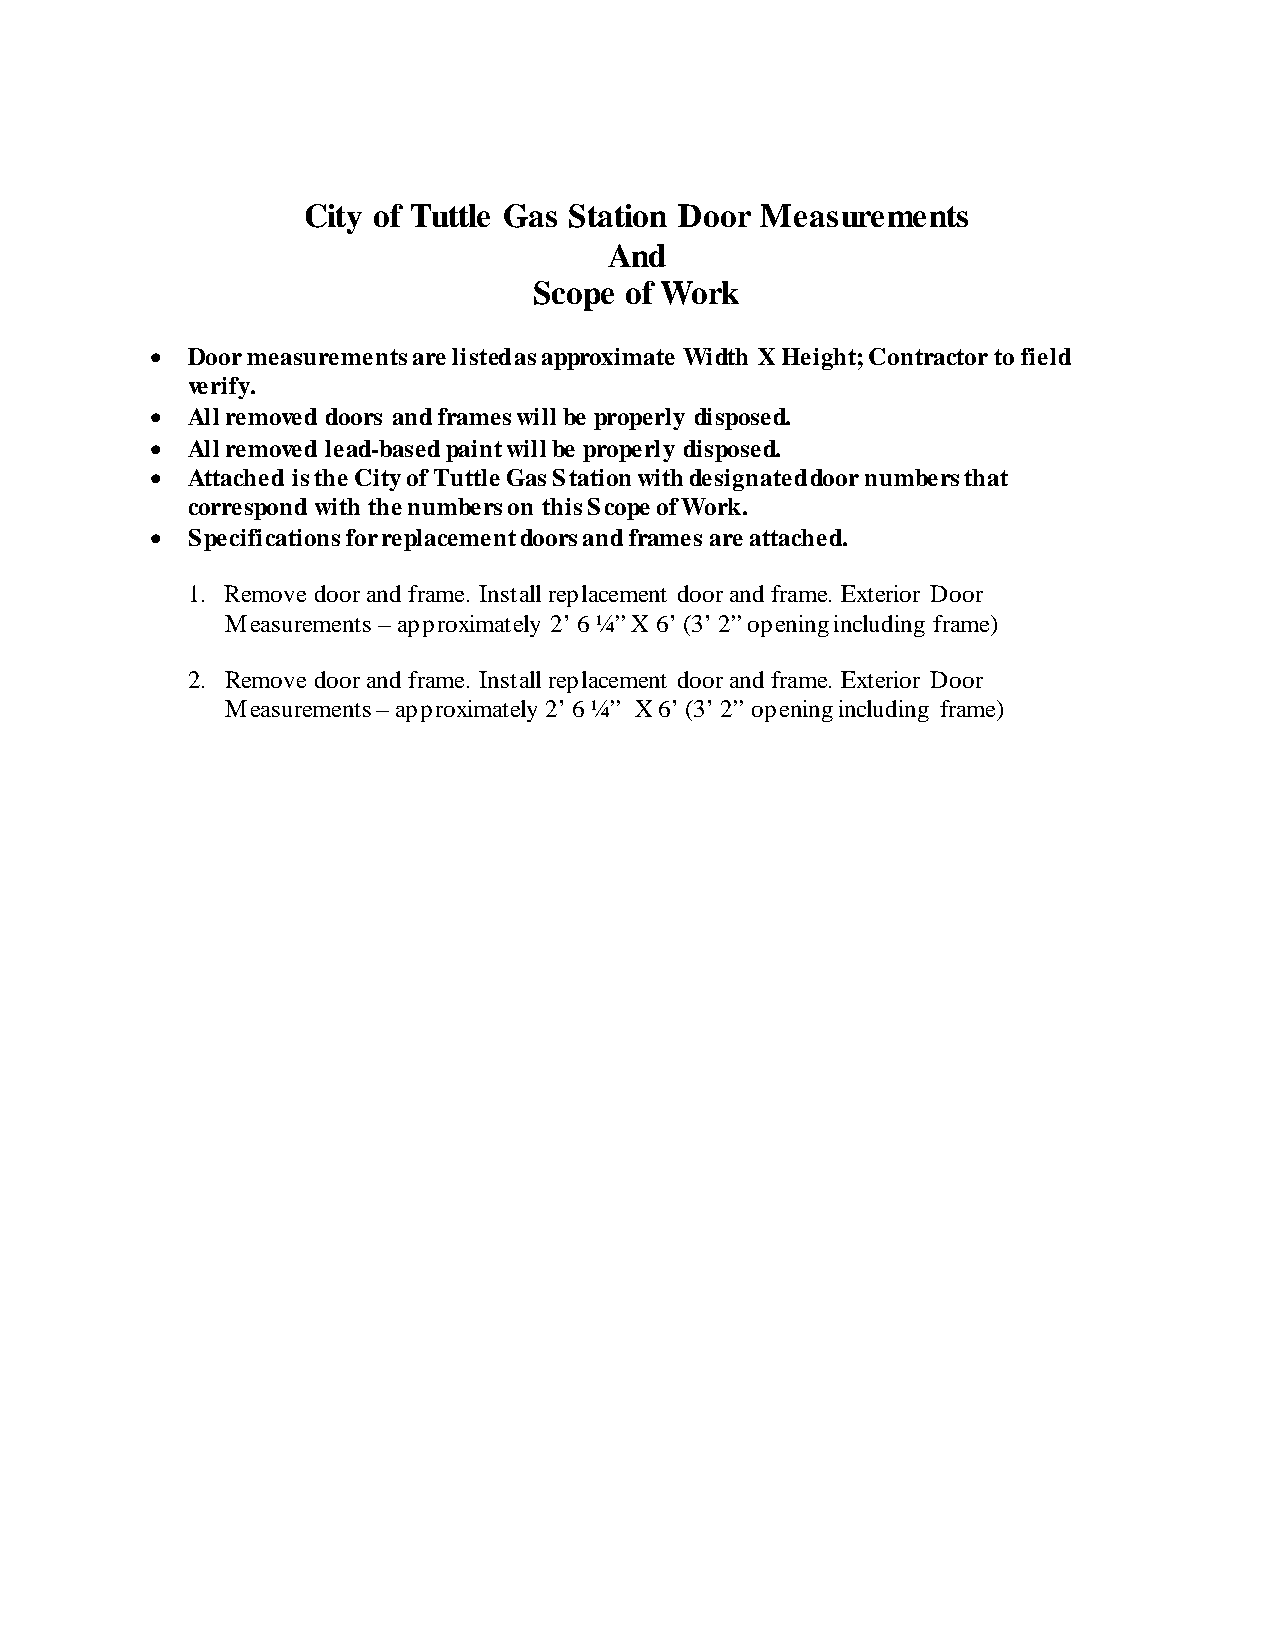
City of Tuttle Gas Station Door Measurements
 And
 Scope of Work
  Door measurements are listed as approximate Width X Height; Contractor to field
 verify.
  All removed doors and frames will be properly disposed.
  All removed lead-based paint will be properly disposed.
  Attached is the City of Tuttle Gas Station with designated door numbers that
 correspond with the numbers on this Scope of Work.
  Specifications for replacement doors and frames are attached.
 1. Remove door and frame. Install replacement door and frame. Exterior Door
 Measurements – approximately 2’ 6 ¼” X 6’ (3’ 2” opening including frame)
 2. Remove door and frame. Install replacement door and frame. Exterior Door
 Measurements – approximately 2’ 6 ¼” X 6’ (3’ 2” opening including frame)